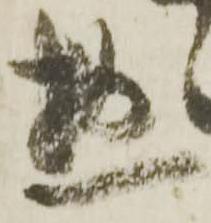
惣